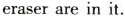
eraser are in it.